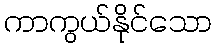
ကာကွယ်နိုင်သော